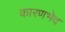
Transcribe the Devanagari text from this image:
कारणभेद